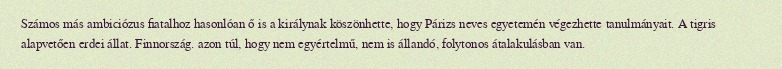
Számos más ambiciózus fiatalhoz hasonlóan ő is a királynak köszönhette, hogy Párizs neves egyetemén végezhette tanulmányait. A tigris alapvetően erdei állat. Finnország. azon túl, hogy nem egyértelmű, nem is állandó, folytonos átalakulásban van.